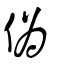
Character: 偽